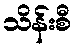
သိန်းစီ